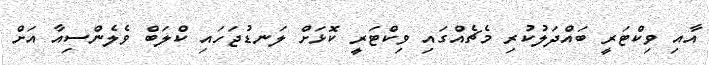
އާއި ވިކްޓަރީ ބައްދަލުކުރި މެޗެއްގައި ވިކްޓަރީ ކޮޅަށް ލަނޑުޖަހައި ކްލަބް ވެލެންސިއާ އަށް